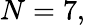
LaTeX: N=7,